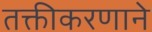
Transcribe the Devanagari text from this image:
तक्तीकरणाने